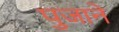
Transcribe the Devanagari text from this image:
पुजाने